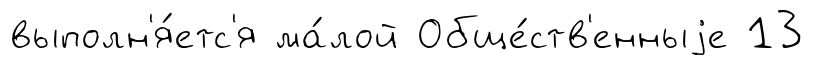
выполн'я́етс'я ма́лой Обще́ств'енныjе 13